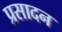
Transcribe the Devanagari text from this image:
प्रसादन